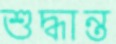
শুদ্ধান্ত